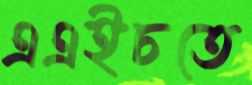
এএইচতে